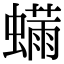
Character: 𬠬